Tartu_linnavalitsus, lk 76
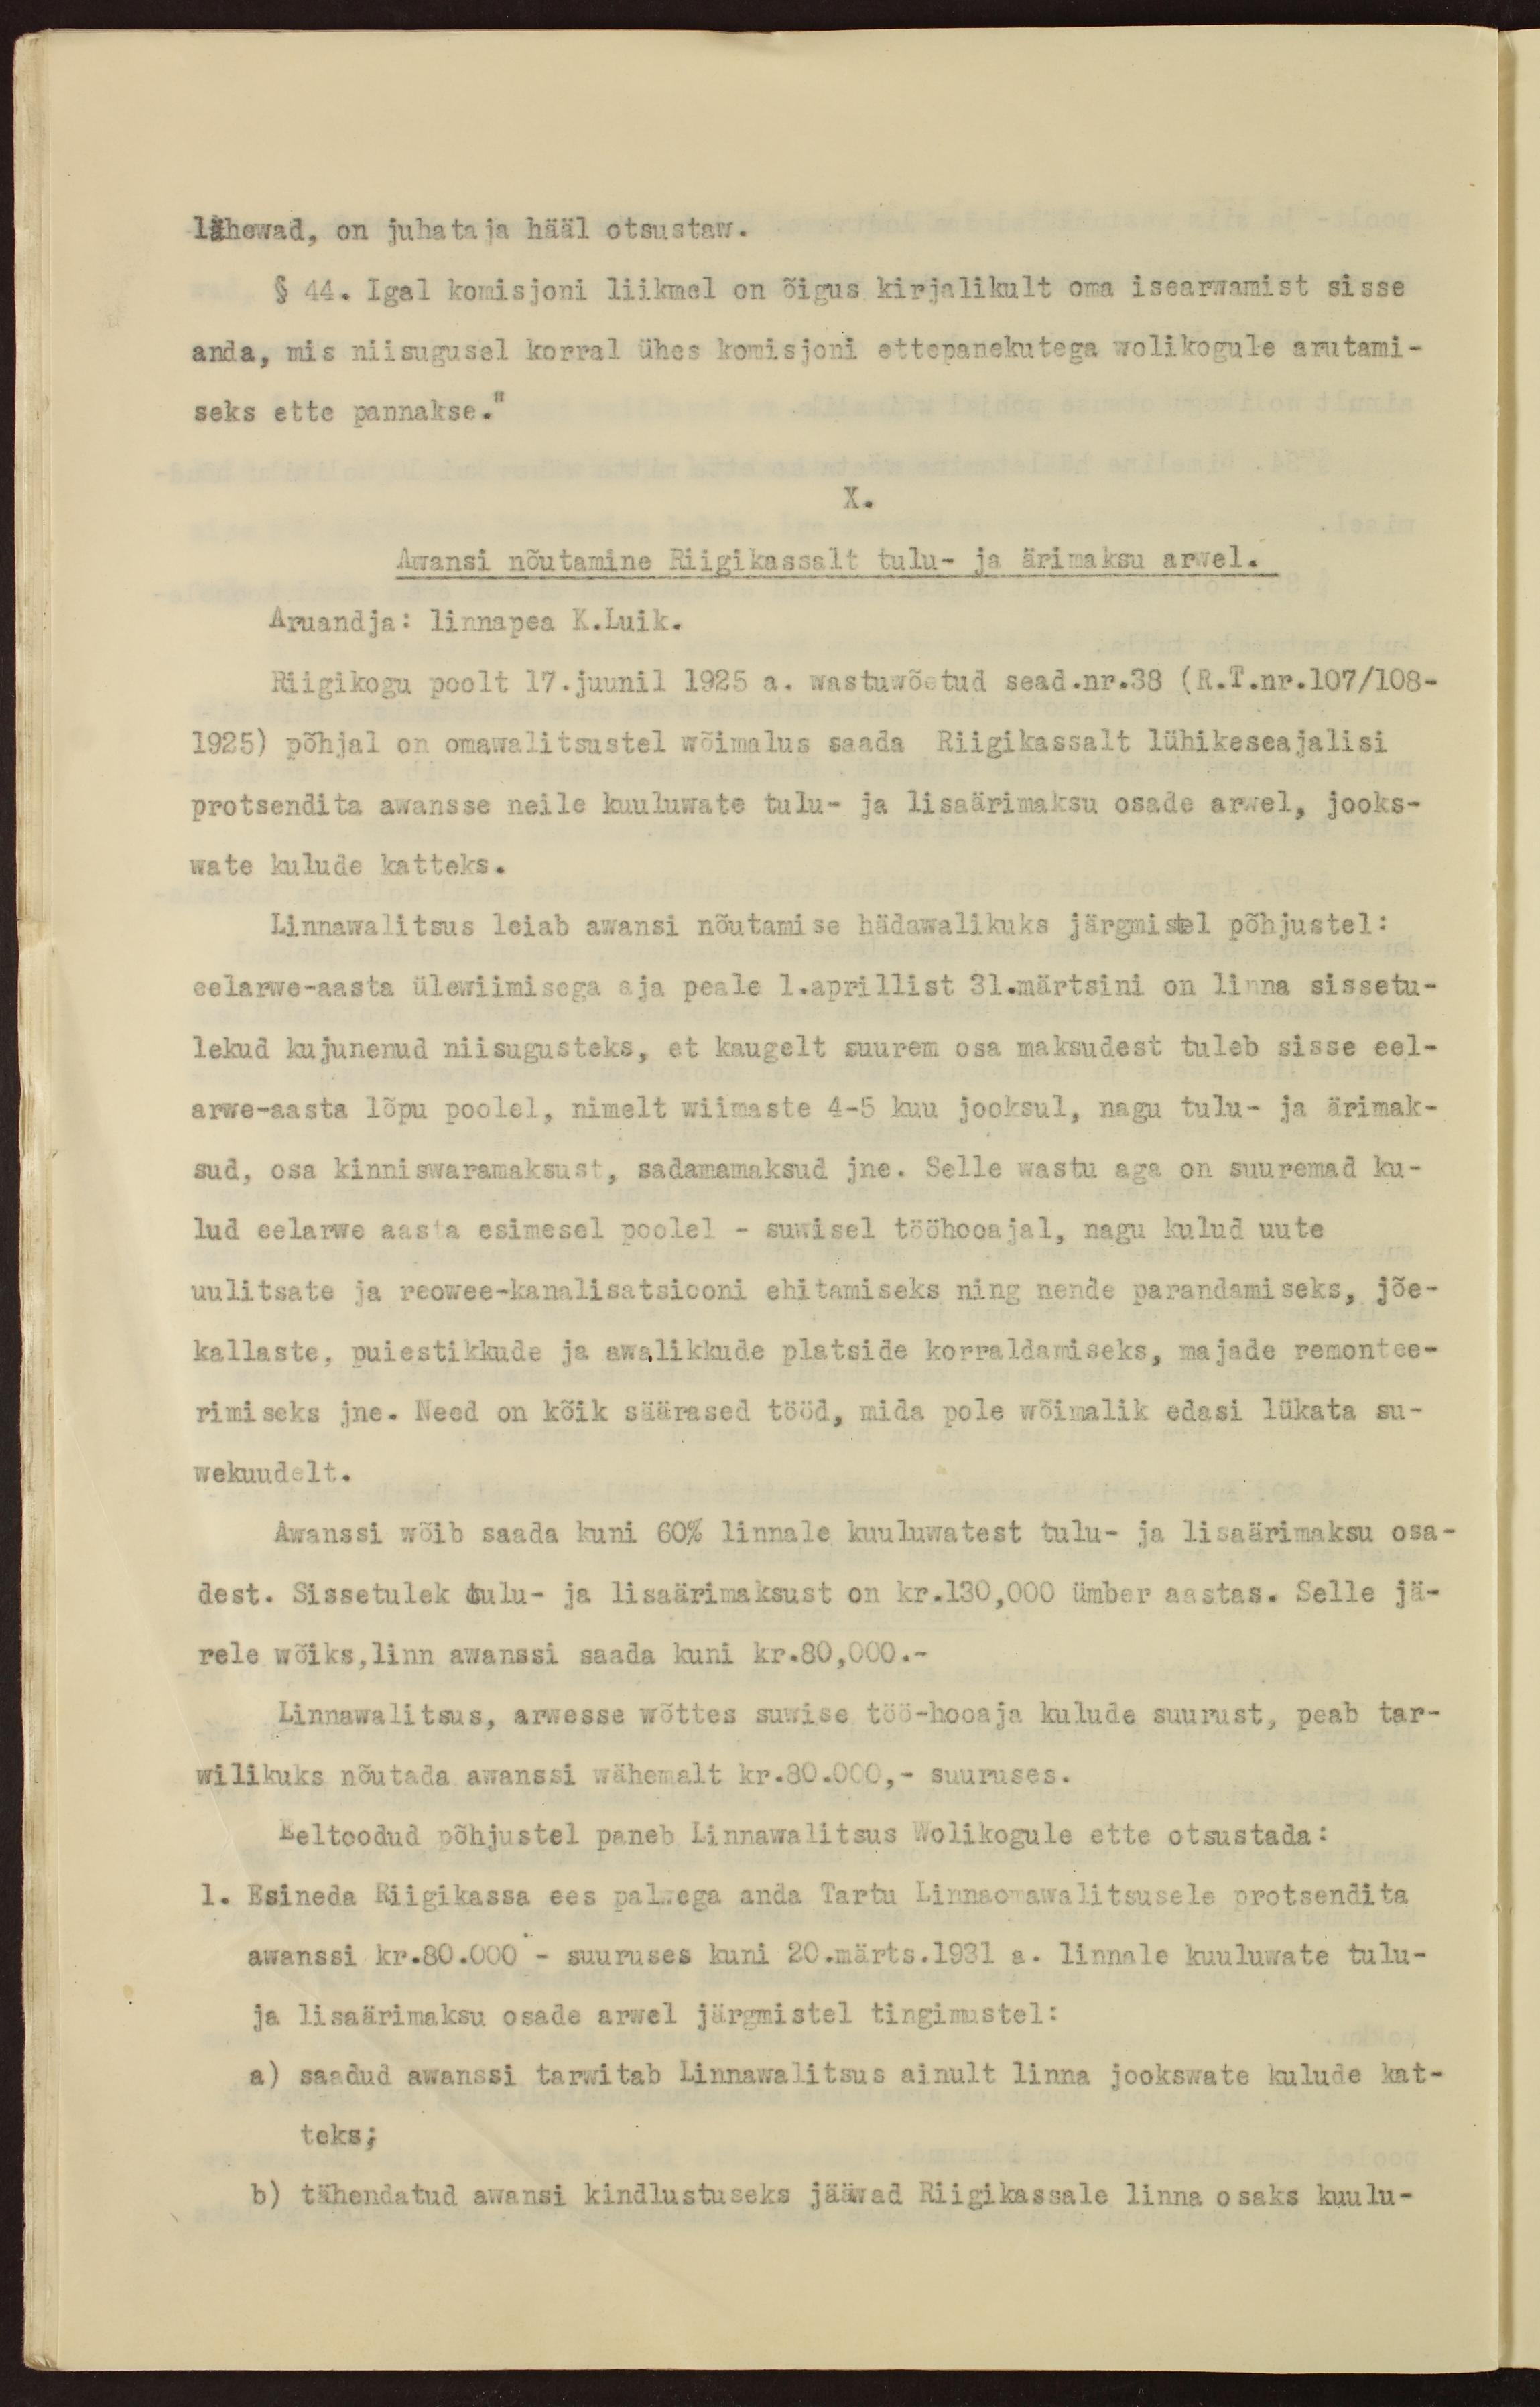
lähewad, on juhataja hääl otsustaw.
§ 44. Igal komisjoni liikmel on õigus kirjalikult oma isearwamist sisse
anda, mis niisugusel korral ühes komisjoni ettepanekutega wolikogule arutami-
seks ette pannakse."
X.
Awansi nõutamine Riigikassalt tulu- ja ärimaksu arwel.
Aruandja: linnapea K.Luik.
Riigikogu poolt 17. juunil 1925 a. wastuwõetud sead.nr.38 (R.T.nr.107/108-
1925) põhjal on omawalitsustel wõimalus saada Riigikassalt lühikeseajalisi
protsendita awansse neile kuuluwate tulu- ja lisaärimaksu osade arwel, jooks-
wate kulude katteks.
Linnawalitsus leiab awansi nõutamise hädawalikuks järgmistel põhjustel:
eelarwe-aasta ülewiimisega aja peale 1.aprillist 31.märtsini on linna sissetu-
lekud kujunenud niisugusteks, et kaugelt suurem osa maksudest tuleb sisse eel-
arwe-aasta lõpu poolel, nimelt wiimaste 4-5 kuu jooksul, nagu tulu- ja ärimak-
sud, osa kinniswaramaksust, sadamamaksud jne. Selle wastu aga on suuremad ku-
lud eelarwe aasta esimesel poolel - suwisel tööhooajal, nagu kulud uute
uulitsate ja reowee-kanalisatsiooni ehitamiseks ning nende parandamiseks, jõe-
kallaste, puiestikkude ja awalikkude platside korraldamiseks, majade remontee-
rimiseks jne. Need on kõik säärased tööd, mida pole wõimalik edasi lükata su-
wekuudelt.
Awanssi wõib saada kuni 60% linnale kuuluwatest tulu- ja lisaärimaksu osa-
dest. Sissetulek tulu- ja lisaärimaksust on kr.130,000 ümber aastas. Selle jä-
rele wõiks, linn awanssi saada kuni kr.80,000.-
Linnawalitsus, arwesse wõttes suwise töö-hooaja kulude suurust, peab tar-
wilikuks nõutada awanssi wähemalt kr.80.000,- suuruses.
Eeltoodud põhjustel paneb Linnawalitsus Wolikogule ette otsustada:
1. Esineda Riigikassa ees palwega anda Tartu Linnaomawalitsusele protsendita
awanssi kr.80.000 - suuruses kuni 20.märts.1931 a. linnale kuuluwate tulu-
ja lisaärimaksu osade arwel järgmistel tingimustel:
a) saadud awanssi tarwitab Linnawalitsus ainult linna jookswate kulude kat-
teks;
b) tähendatud awansi kindlustuseks jääwad Riigikassale linna osaks kuulu-